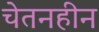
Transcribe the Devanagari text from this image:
चेतनहीन